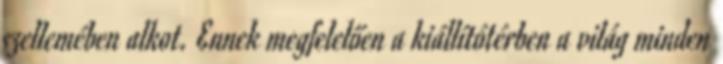
szellemében alkot. Ennek megfelelően a kiállítótérben a világ minden